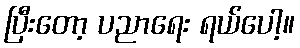
ပြီးတော့ ပညာရေး ရယ်ပေါ့။